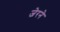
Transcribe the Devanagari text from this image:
जेरने